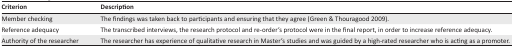
<table><thead><tr><td><b>Criterion</b></td><td><b>Description</b></td></tr></thead><tbody><tr><td>Member checking</td><td>The findings was taken back to participants and ensuring that they agree (Green &amp; Thouragood 2009).</td></tr><tr><td>Reference adequacy</td><td>The transcribed interviews, the research protocol and re-order’s protocol were in the final report, in order to increase reference adequacy.</td></tr><tr><td>Authority of the researcher</td><td>The researcher has experience of qualitative research in Master’s studies and was guided by a high-rated researcher who is acting as a promoter.</td></tr></tbody></table>